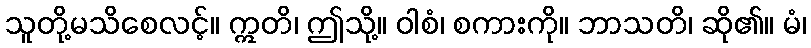
သူတို့မသိစေလင့်။ ဣတိ၊ ဤသို့။ ဝါစံ၊ စကားကို။ ဘာသတိ၊ ဆို၏။ မံ၊